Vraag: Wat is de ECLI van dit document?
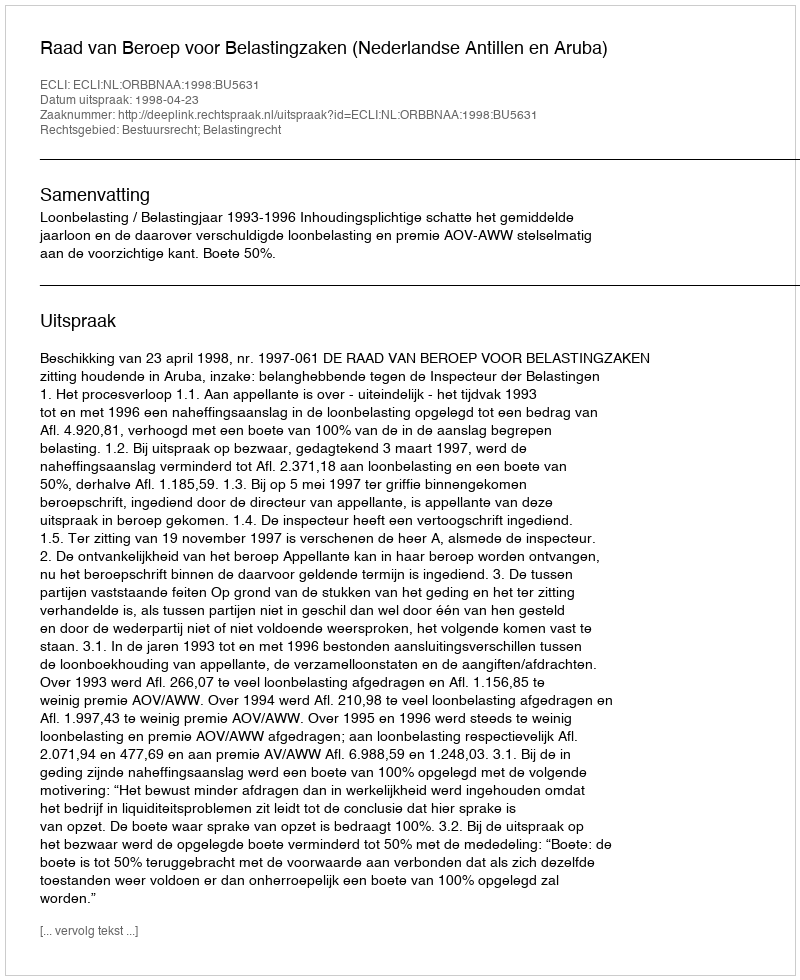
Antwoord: ECLI:NL:ORBBNAA:1998:BU5631